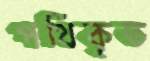
পথিকৃত